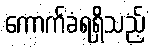
ကောက်ခံရရှိသည့်